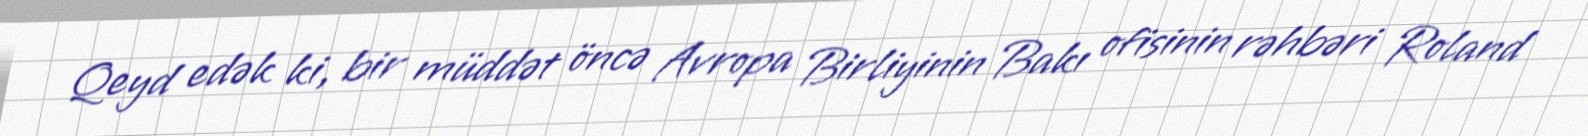
Qeyd edək ki, bir müddət öncə Avropa Birliyinin Bakı ofisinin rəhbəri Roland